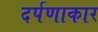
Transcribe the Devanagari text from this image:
दर्पणाकार